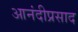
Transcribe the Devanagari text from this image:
आनंदीप्रसाद